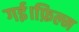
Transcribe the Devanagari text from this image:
गई।फ़िल्म